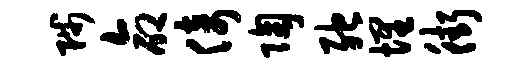
陟命倚陶弛埋街